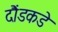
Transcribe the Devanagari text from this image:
दौंडकडे